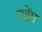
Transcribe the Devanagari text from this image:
ग्योंग